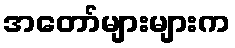
အတော်များများက